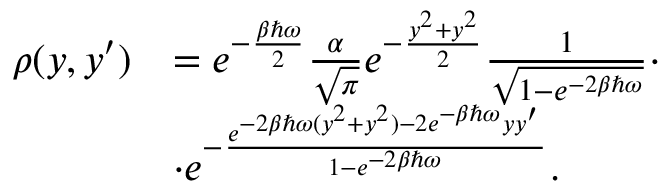
\begin{array} { r l } { \rho ( y , y ^ { \prime } ) } & { = e ^ { - \frac { \beta \hbar \omega } { 2 } } \frac { \alpha } { \sqrt { \pi } } e ^ { - \frac { y ^ { 2 } + y ^ { 2 } } { 2 } } \frac { 1 } { \sqrt { 1 - e ^ { - 2 \beta \hbar \omega } } } \cdot } \\ & { \cdot e ^ { - \frac { e ^ { - 2 \beta \hbar \omega ( y ^ { 2 } + y ^ { 2 } ) - 2 e ^ { - \beta \hbar \omega } y y ^ { \prime } } } { 1 - e ^ { - 2 \beta \hbar \omega } } } . } \end{array}